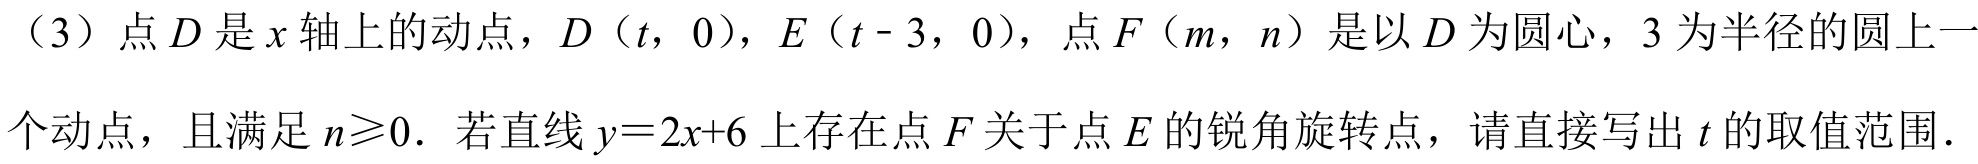
（3）点\(D\)是\(x\)轴上的动点，\(D(t,0)\)，\(E(t - 3,0)\)，点\(F(m,n)\)是以\(D\)为圆心，\(3\)为半径的圆上一
个动点，且满足\(n\geqslant0\)．若直线\(y = 2x + 6\)上存在点\(F\)关于点\(E\)的锐角旋转点，请直接写出\(t\)的取值范围．